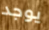
يوجد